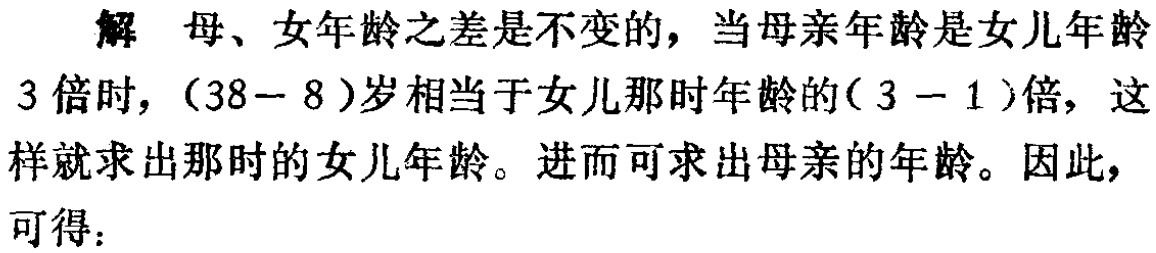
解 母、女年龄之差是不变的，当母亲年龄是女儿年龄

3倍时，$(38 - 8)$岁相当于女儿那时年龄的$(3 - 1)$倍，这

样就求出那时的女儿年龄。进而可求出母亲的年龄。因此，

可得：